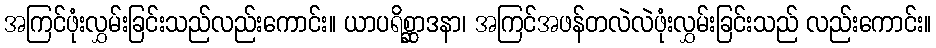
အကြင်ဖုံးလွှမ်းခြင်းသည်လည်းကောင်း။ ယာပရိစ္ဆာဒနာ၊ အကြင်အဖန်တလဲလဲဖုံးလွှမ်းခြင်းသည် လည်းကောင်း။